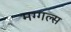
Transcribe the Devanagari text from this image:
मग्गल्स